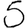
Digit: 5